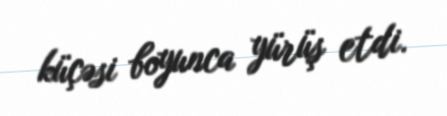
küçəsi boyunca yürüş etdi.